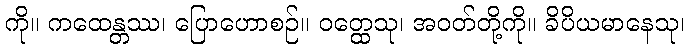
ကို။ ကထေန္တဿ၊ ပြောဟောစဉ်။ ဝတ္ထေသု၊ အဝတ်တို့ကို။ ခိပိယမာနေသု၊